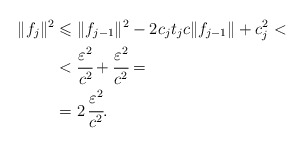
\begin{align*}\lVert f_{j} \rVert ^2 &\leqslant \lVert f_{j-1} \rVert ^2 - 2c_{j}t_{j}c\lVert f_{j-1} \rVert + c_{j}^2 < \\&< \cfrac{\varepsilon^2}{c^2} + \cfrac{\varepsilon^2}{c^2} = \\ &= 2\,\cfrac{\varepsilon^2}{c^2}.\end{align*}